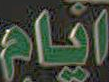
ایام